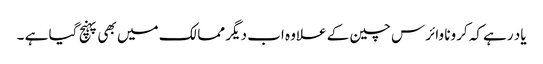
یاد رہے کہ کرونا وائرس چین کے علاوہ اب دیگر ممالک میں بھی پہنچ گیا ہے ۔